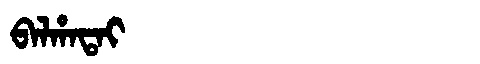
Manchu: ᠪᠠᠯᡥᠠᡨᠠᡳ
Romanization: BALHATAI